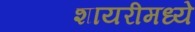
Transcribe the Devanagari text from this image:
शायरीमध्ये